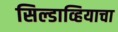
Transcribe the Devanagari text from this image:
सिल्डाव्हियाचा